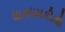
ધાકધમકીથી